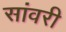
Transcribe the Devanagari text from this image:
सांवरी